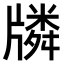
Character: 𤗷